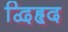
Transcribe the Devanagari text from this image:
द्विहृद